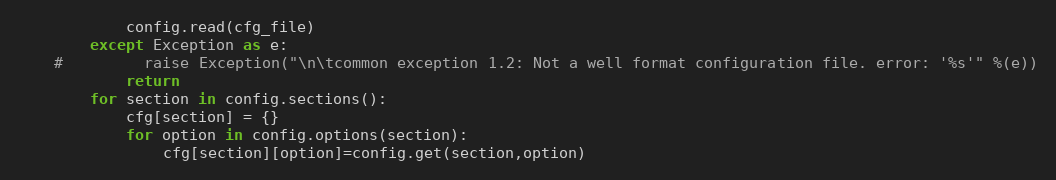
Language: Python
            config.read(cfg_file)
        except Exception as e:
    #         raise Exception("\n\tcommon exception 1.2: Not a well format configuration file. error: '%s'" %(e))
            return
        for section in config.sections():
            cfg[section] = {}
            for option in config.options(section):
                cfg[section][option]=config.get(section,option)